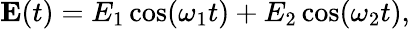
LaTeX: \mathbf{E}(t)=E_{1}\cos(\omega_{1}t)+E_{2}\cos(\omega_{2}t),